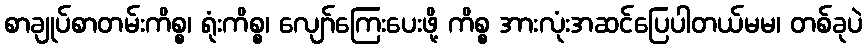
စာချုပ်စာတမ်းကိစ္စ၊ ရုံးကိစ္စ၊ လျော်ကြေးပေးဖို့ ကိစ္စ အားလုံးအဆင်ပြေပါတယ်မမ၊ တစ်ခုပဲ